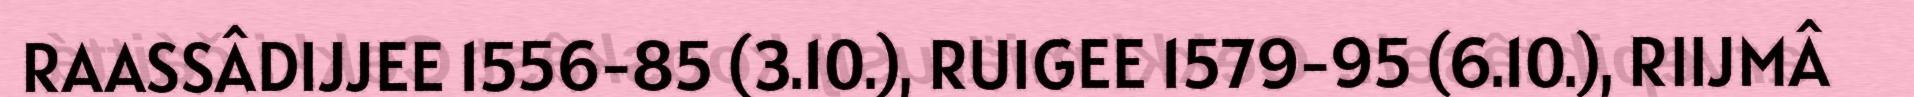
RAASSÂDIJJEE 1556-85 (3.10.), RUIGEE 1579-95 (6.10.), RIIJMÂ